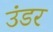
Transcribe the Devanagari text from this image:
उंडर